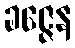
ခဇ္ဇေန